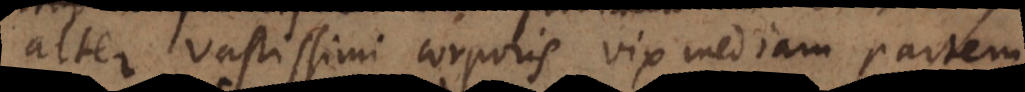
alter vastissimi corporis vix mediam partem